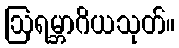
ဩရမ္ဘာဂိယသုတ်။